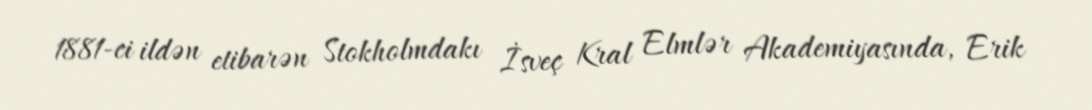
1881-ci ildən etibarən Stokholmdakı İsveç Kral Elmlər Akademiyasında, Erik